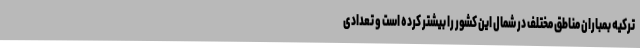
ترکیه بمباران مناطق مختلف در شمال این کشور را بیشتر کرده است و تعدادی